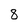
Character: 8